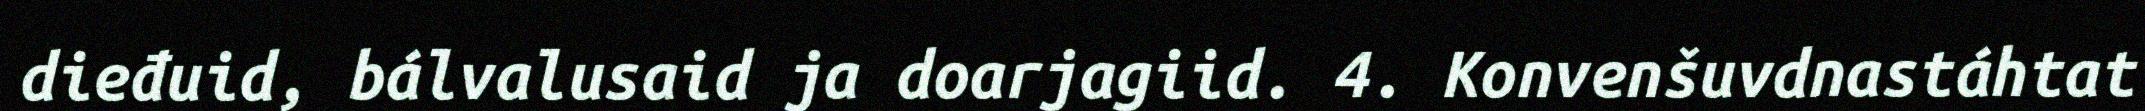
dieđuid, bálvalusaid ja doarjagiid. 4. Konvenšuvdnastáhtat